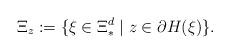
LaTeX: \begin{align*}\Xi_z:=\{ {\xi}\in \Xi_*^d\mid { {z}}\in\partial H( {\xi})\}.\end{align*}